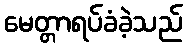
မေတ္တာရပ်ခံခဲ့သည်